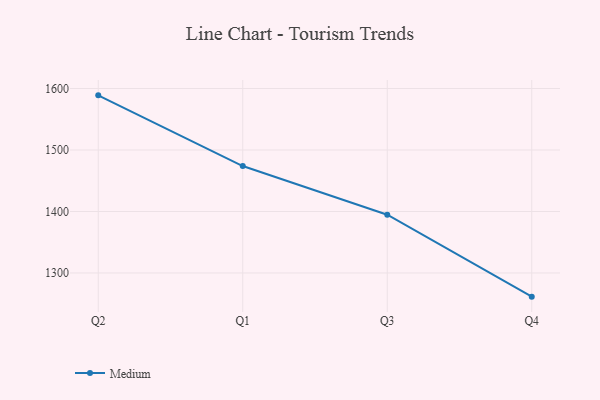
{"axis": {"x": "Quarter", "y": "Humidity (%)"}, "legend": ["Medium"], "data": [{"x": "Q2", "y": 1588.9, "type": "Medium"}, {"x": "Q1", "y": 1473.9, "type": "Medium"}, {"x": "Q3", "y": 1394.7, "type": "Medium"}, {"x": "Q4", "y": 1261.5, "type": "Medium"}]}